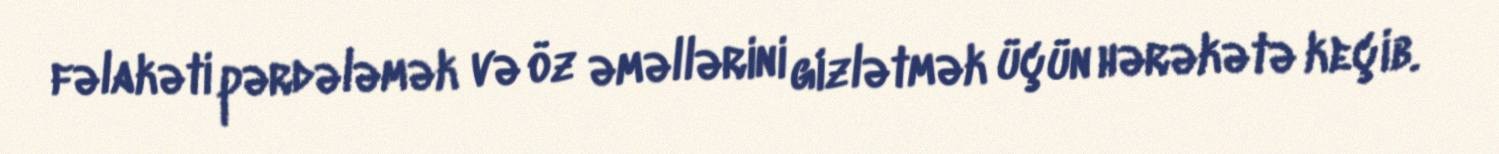
fəlakəti pərdələmək və öz əməllərini gizlətmək üçün hərəkətə keçib.